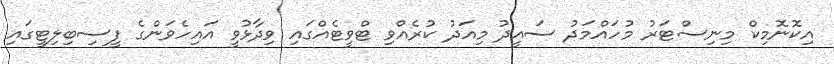
އިކޮނޮމިކް މިނިސްޓަރު މުހައްމަދު ސައީދު މިއަދު ކުރެއްވި ޓްވީޓެއްގައި ވިދާޅުވީ އައިހެވަންގެ ފީސިބިލިޓީގައި